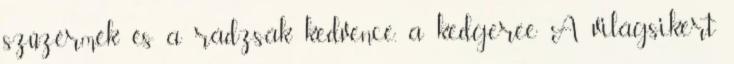
szűzérmék és a rádzsák kedvence, a kedgeree A világsikert